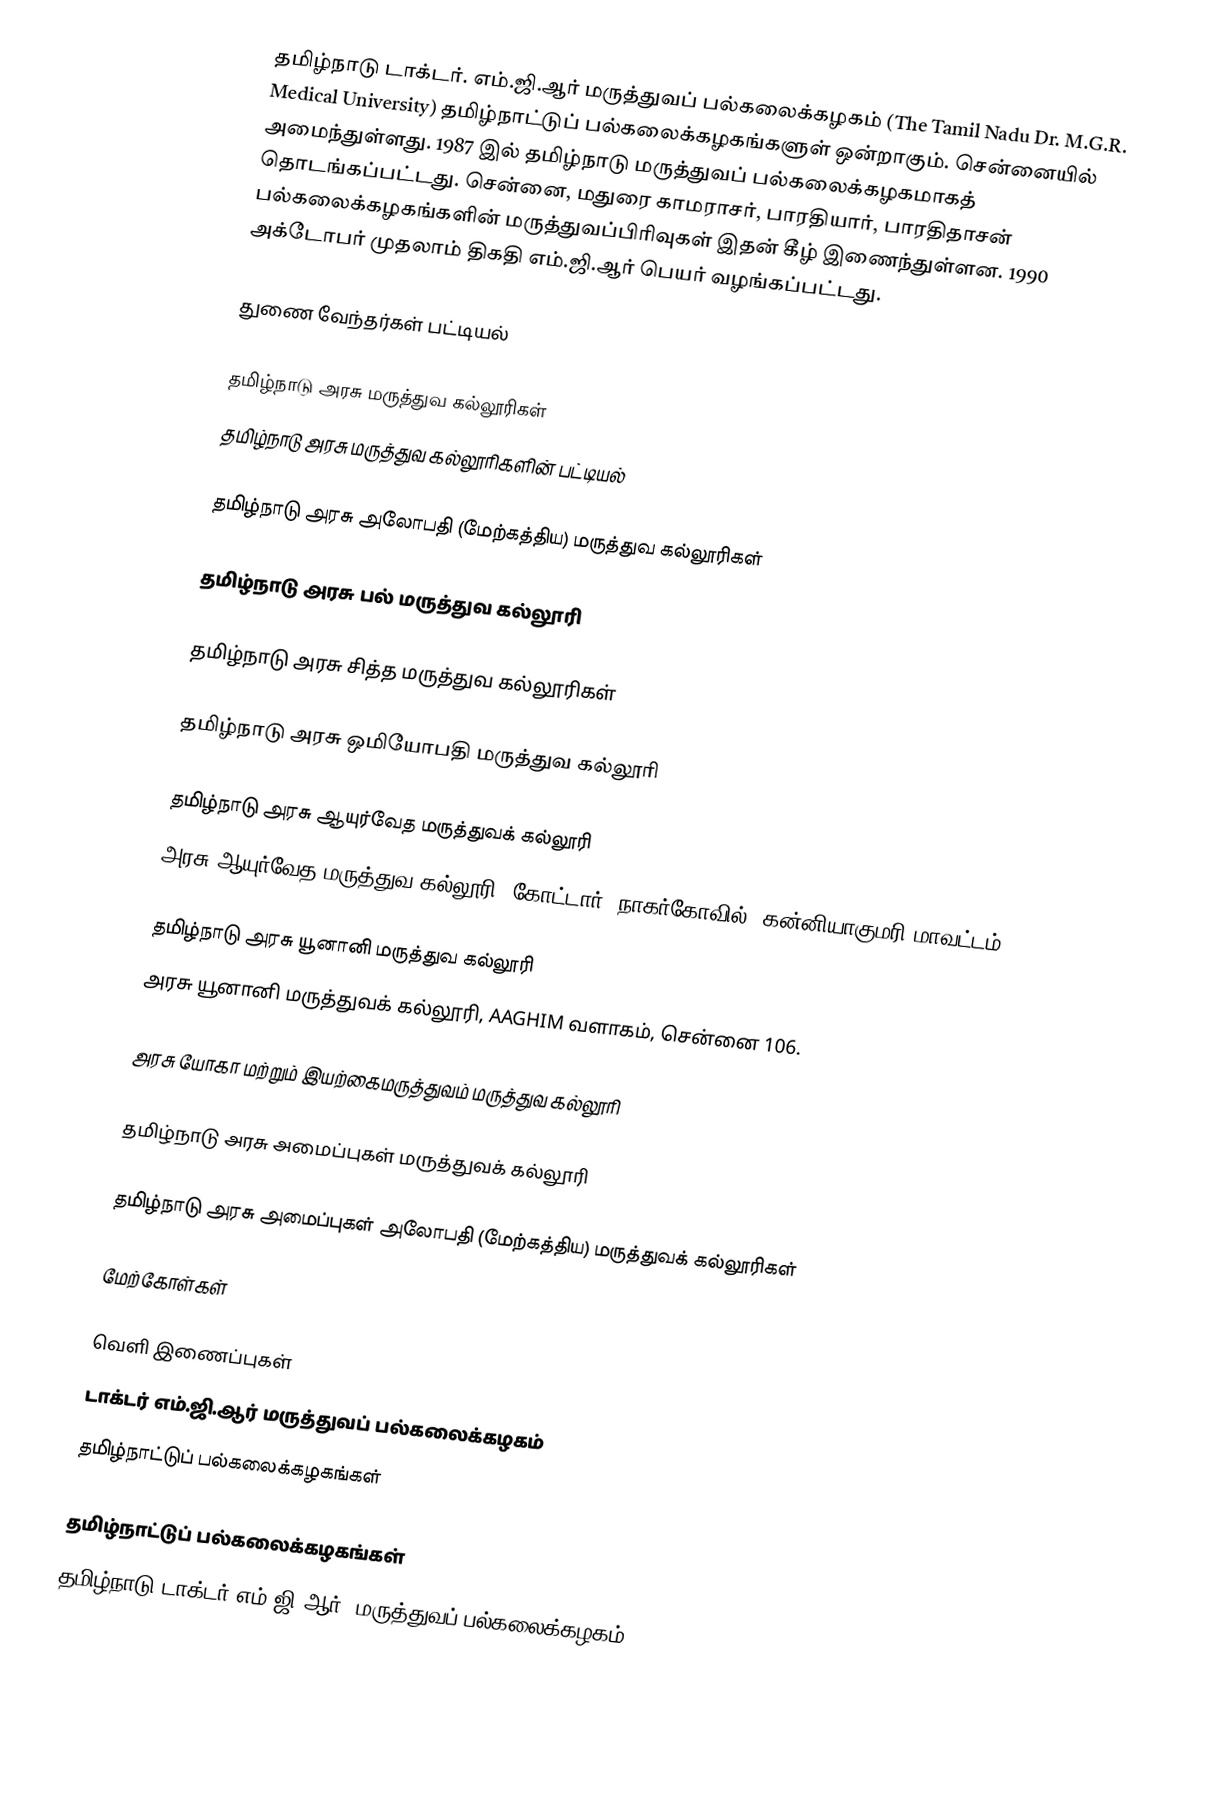
தமிழ்நாடு டாக்டர். எம்.ஜி.ஆர் மருத்துவப் பல்கலைக்கழகம் (The Tamil Nadu Dr. M.G.R. Medical University) தமிழ்நாட்டுப் பல்கலைக்கழகங்களுள் ஒன்றாகும். சென்னையில் அமைந்துள்ளது. 1987 இல் தமிழ்நாடு மருத்துவப் பல்கலைக்கழகமாகத் தொடங்கப்பட்டது. சென்னை, மதுரை காமராசர், பாரதியார், பாரதிதாசன் பல்கலைக்கழகங்களின் மருத்துவப்பிரிவுகள் இதன் கீழ் இணைந்துள்ளன. 1990 அக்டோபர் முதலாம் திகதி எம்.ஜி.ஆர் பெயர் வழங்கப்பட்டது.

துணை வேந்தர்கள் பட்டியல்

தமிழ்நாடு அரசு மருத்துவ கல்லூரிகள்
தமிழ்நாடு அரசு மருத்துவ கல்லூரிகளின் பட்டியல்

தமிழ்நாடு அரசு அலோபதி (மேற்கத்திய) மருத்துவ கல்லூரிகள்

தமிழ்நாடு அரசு பல் மருத்துவ கல்லூரி

தமிழ்நாடு அரசு சித்த மருத்துவ கல்லூரிகள்

தமிழ்நாடு அரசு ஒமியோபதி மருத்துவ கல்லூரி

தமிழ்நாடு அரசு ஆயுர்வேத மருத்துவக் கல்லூரி
 அரசு ஆயுர்வேத மருத்துவ கல்லூரி, கோட்டார், நாகர்கோவில், கன்னியாகுமரி மாவட்டம்

தமிழ்நாடு அரசு யூனானி மருத்துவ கல்லூரி
 அரசு யூனானி மருத்துவக் கல்லூரி, AAGHIM வளாகம், சென்னை 106.

அரசு யோகா மற்றும் இயற்கைமருத்துவம் மருத்துவ கல்லூரி

தமிழ்நாடு அரசு அமைப்புகள் மருத்துவக் கல்லூரி

தமிழ்நாடு அரசு அமைப்புகள்  அலோபதி (மேற்கத்திய) மருத்துவக் கல்லூரிகள்

மேற்கோள்கள்

வெளி இணைப்புகள்
 டாக்டர் எம்.ஜி.ஆர் மருத்துவப் பல்கலைக்கழகம்
 தமிழ்நாட்டுப் பல்கலைக்கழகங்கள்

தமிழ்நாட்டுப் பல்கலைக்கழகங்கள்
தமிழ்நாடு டாக்டர் எம்.ஜி.ஆர். மருத்துவப் பல்கலைக்கழகம்